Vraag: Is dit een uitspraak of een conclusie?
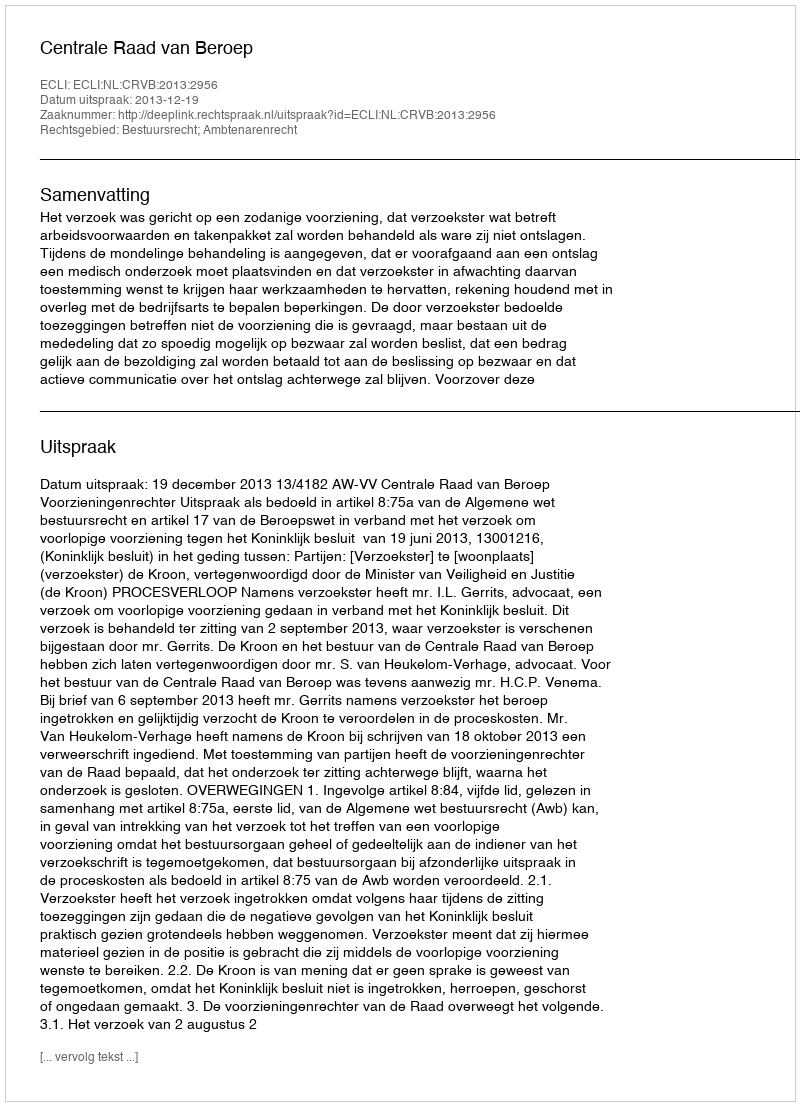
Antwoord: Uitspraak